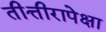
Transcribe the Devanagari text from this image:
तीत्तीरापेक्षा